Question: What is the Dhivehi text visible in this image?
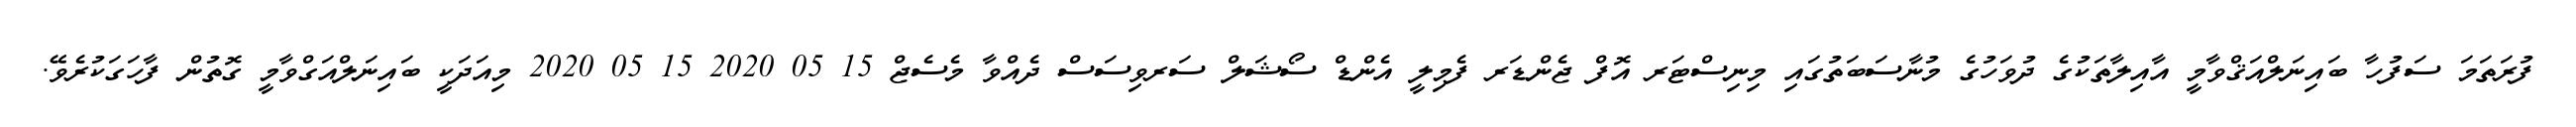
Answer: ފުރަތަމަ ސަފުހާ ބައިނަލްއަޤްވާމީ އާއިލާތަކުގެ ދުވަހުގެ މުނާސަބަތުގައި މިނިސްޓަރ އޮފް ޖެންޑަރ ފެމިލީ އެންޑް ސޯޝަލް ސަރވިސަސް ދެއްވާ މެސެޖް 15 05 2020 15 05 2020 މިއަދަކީ ބައިނަލްއަގްވާމީ ގޮތުން ފާހަގަކުރެވޭ.